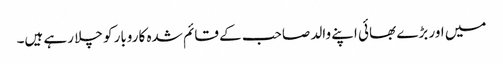
میں اور بڑے بھائی اپنے والد صاحب کے قائم شدہ کاروبار کو چلا رہے ہیں۔